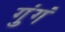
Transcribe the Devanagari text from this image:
गुंगं